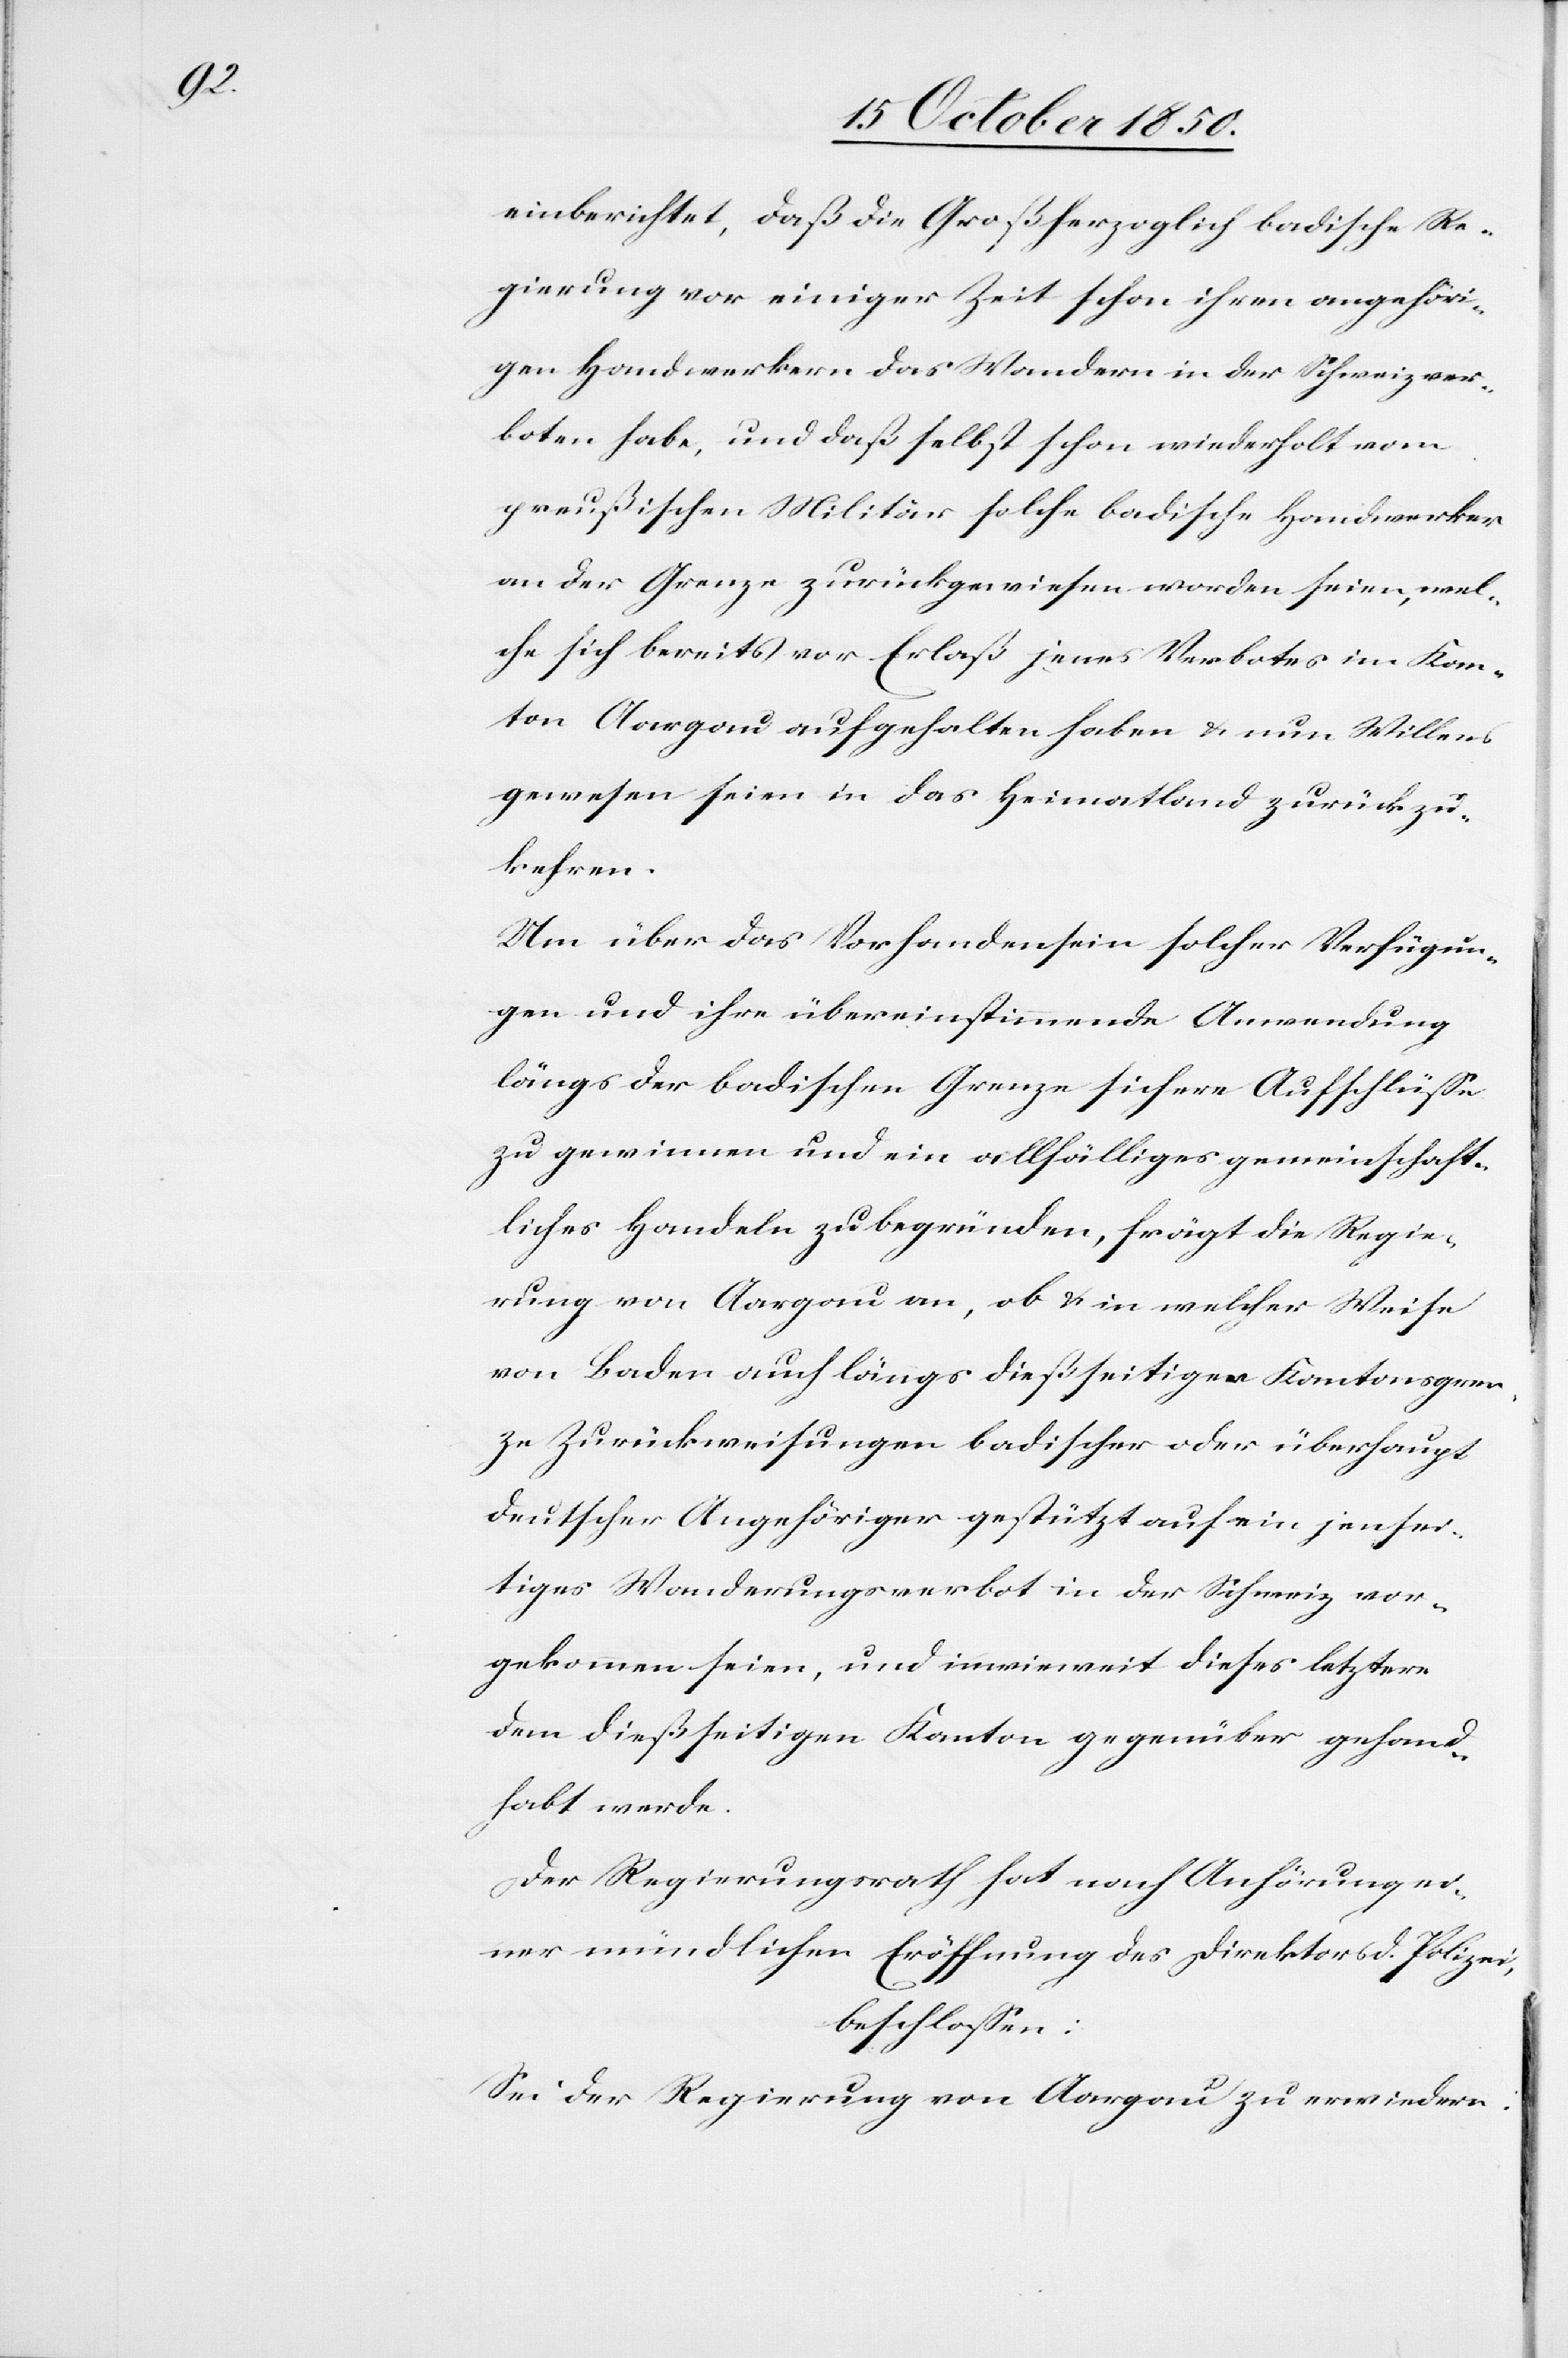
einberichtet, daß die Großherzoglich badische Re¬
gierung vor einiger Zeit schon ihren angehöri¬
gen Handwerkern das Wandern in der Schweiz ver¬
boten habe, und daß selbst schon wiederholt vom
preußischen Militär solche badische Handwerker
an der Grenze zurückgewiesen worden seien, wel¬
che sich bereits vor Erlaß jenes Verbotes im Kan¬
ton Aargau aufgehalten haben & nun Willens
gewesen seien in das Heimatland zurück zu¬
kehren.
Um über das Vorhandensein solcher Verfügun¬
gen und ihre übereinstimmende Anwendung
längs der badischen Grenze sichere Aufschlüsse
zu gewinnen und ein allfälliges gemeinschaft¬
liches Handeln zu begründen, frägt die Regie¬
rung von Aargau an, ob & in welcher Weise
von Baden auch längs dießseitiger Kantonsgren¬
ze Zurückweisungen badischer oder überhaupt
deutscher Angehöriger gestützt auf ein jensei¬
tiges Wanderungsverbot in der Schweiz vor¬
gekommen seien, und inwieweit dieses letztere
dem dießseitigen Kanton gegenüber gehand¬
habt werde.
Der Regierungsrath hat nach Anhörung ei¬
ner mündlichen Eröffnung des Direktors d. Polizei,
beschlossen:
Sei der Regierung von Aargau zu erwiedern